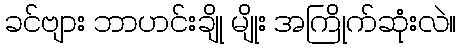
ခင်ဗျား ဘာဟင်းချို မျိုး အကြိုက်ဆုံးလဲ။